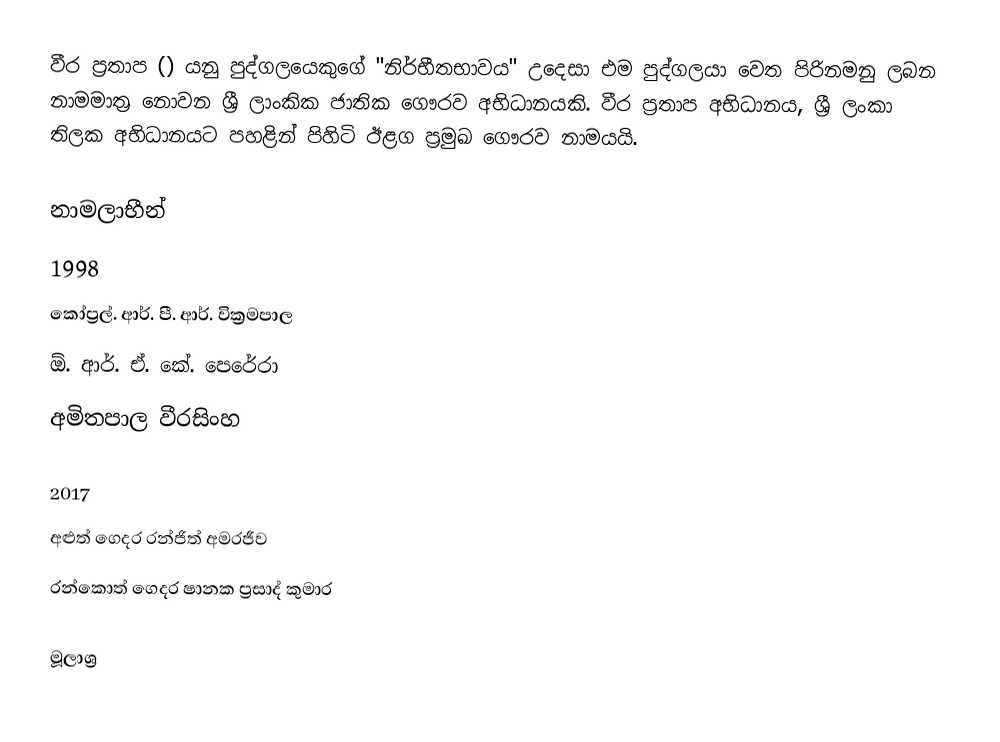
වීර ප්‍රතාප () යනු පුද්ගලයෙකුගේ "නිර්භීතභාවය" උදෙසා එම පුද්ගලයා වෙත පිරිනමනු ලබන නාමමාත්‍ර නොවන ශ්‍රී ලාංකික ජාතික ගෞරව අභිධානයකි. වීර ප්‍රතාප අභිධානය, ශ්‍රී ලංකා තිලක අභිධානයට පහළින් පිහිටි ඊළග ප්‍රමුඛ ගෞරව නාමයයි.

නාමලාභීන්
1998
 කෝප්‍රල්. ආර්. පී. ආර්. වික්‍රමපාල
 ඕ. ආර්. ඒ. කේ. පෙරේරා
 අමිතපාල වීරසිංහ

2017
 අළුත් ගෙදර රන්ජිත් අමරජීව
 රන්කොත් ගෙදර ෂානක ප්‍රසාද් කුමාර

මූලාශ්‍ර